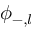
\phi _ { - , l }